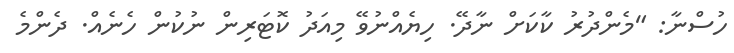
ހުސްނާ: "މެންދުރު ކާކަށް ނާދޭ. ހިޔެއްނުވޭ މިއަދު ކޮޓަރިން ނުކުން ހެނެއް. ދެންމެ